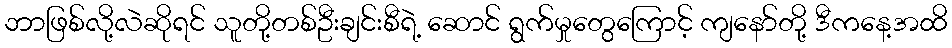
ဘာဖြစ်လို့လဲဆိုရင် သူတို့တစ်ဦးချင်းစီရဲ့ ဆောင် ရွက်မှုတွေကြောင့် ကျနော်တို့ ဒီကနေ့အထိ